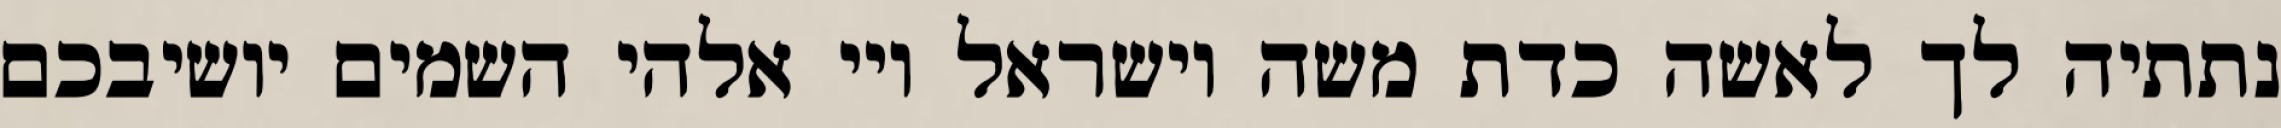
נתתיה לך לאשה כדת משה וישראל ויי אלהי השמים יושיבכם